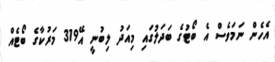
އެހެން ނަމަވެސް އެ ބޯޓުގެ ބަދަލުގައި މިއަދު ލިބުނީ އޭ319 މަރުކާގެ ބޯޓެއް